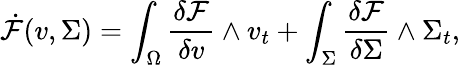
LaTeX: \dot{\mathcal{F}}(v,\Sigma)=\int_{\Omega}\frac{\delta\mathcal{F}}{\delta v}\wedge v_{t}+\int_{\Sigma}\frac{\delta\mathcal{F}}{\delta\Sigma}\wedge\Sigma_{t},